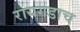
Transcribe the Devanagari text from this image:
रायगडाच